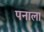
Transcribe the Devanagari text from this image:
पनाला